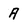
Character: A